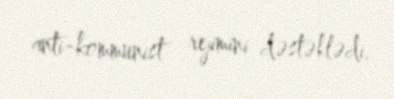
anti-kommunist rejimini dəstəklədi.